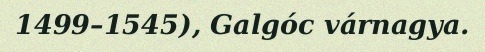
1499–1545), Galgóc várnagya.